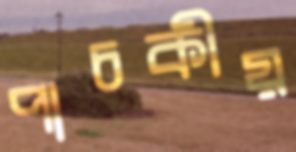
পাচকীয়